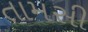
તામસી